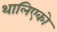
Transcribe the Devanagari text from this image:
थालिएको